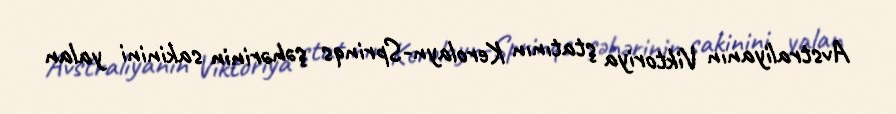
Avstraliyanın Viktoriya ştatının Kerolayn-Sprinqs şəhərinin sakinini yalan